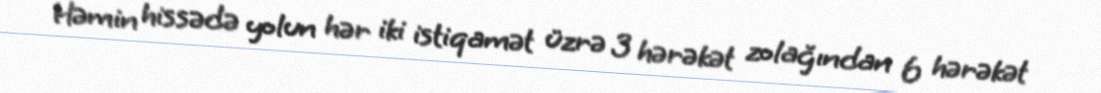
Həmin hissədə yolun hər iki istiqamət üzrə 3 hərəkət zolağından 6 hərəkət